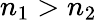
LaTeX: n_{1}>n_{2}